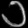
Digit: ၁